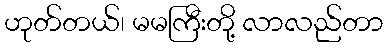
ဟုတ်တယ်၊ မမကြီးတို့ လာလည်တာ